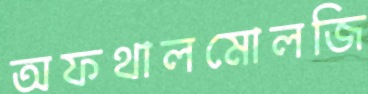
অফথালমোলজি